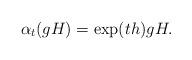
LaTeX: \begin{align*} \alpha_t(gH) = \exp(th)gH.\end{align*}